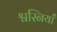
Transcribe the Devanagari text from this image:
श्वस्नियाँ